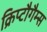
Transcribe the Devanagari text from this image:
क्रिप्टौगैम्स